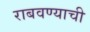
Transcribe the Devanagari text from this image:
राबवण्याची